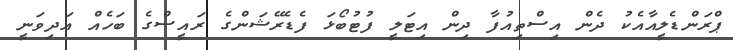
ޕްރަންޑެލީއާއެކު ދެން އިސްތިއުފާ ދިން އިޓަލީ ފުޓުބޯޅަ ފެޑެރޭޝަންގެ ރައީސްގެ ބަހެއް އަދިވަނީ